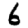
Digit: 6